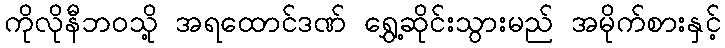
ကိုလိုနီဘဝသို့ အရထောင်ဒဏ် ရွှေ့ဆိုင်းသွားမည် အမိုက်စားနှင့်